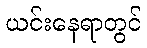
ယင်းနေရာတွင်